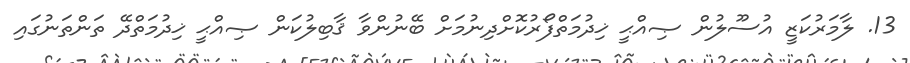
13. ލާމަރުކަޒީ އުސޫލުން ޞިއްޙީ ޚިދުމަތްފޯރުކޮށްދިނުމަށް ބޭނުންވާ ޤާބިލުކަން ޞިއްޙީ ޚިދުމަތްދޭ ތަންތަނުގައި